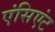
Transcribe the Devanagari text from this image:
एंसिएंट